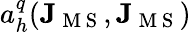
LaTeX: a_{h}^{q}(\mathbf{J}_{\mathrm{~M~S~}},\mathbf{J}_{\mathrm{~M~S~}})